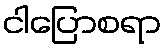
ငါပြောစရာ